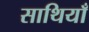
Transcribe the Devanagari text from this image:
साथियाँ